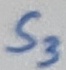
Text: S3